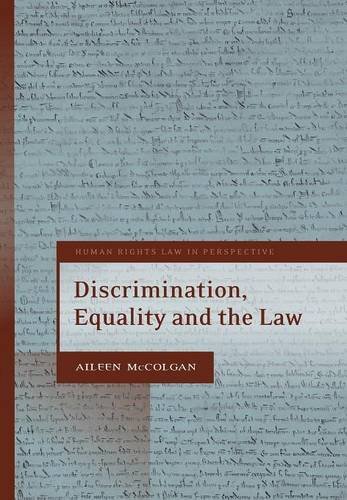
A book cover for Discrimination, Equality and the Law (Human Rights Law in Perspective); Aileen McColgan; Law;